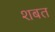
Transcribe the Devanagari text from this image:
शबत